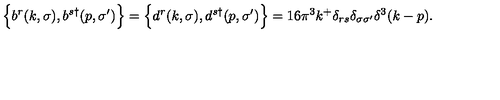
\Bigl \{ b ^ { r } ( k , \sigma ) , b ^ { s \dagger } ( p , \sigma ^ { \prime } ) \Bigr \} = \Bigl \{ d ^ { r } ( k , \sigma ) , d ^ { s \dagger } ( p , \sigma ^ { \prime } ) \Bigr \} = 1 6 \pi ^ { 3 } k ^ { + } \delta _ { r s } \delta _ { \sigma \sigma ^ { \prime } } \delta ^ { 3 } ( k - p ) .